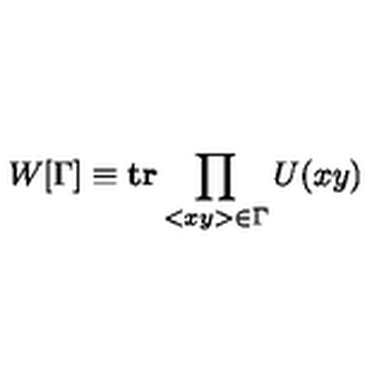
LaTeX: W [ \Gamma ] \equiv \mathrm { \bf t r } \prod _ { < x y > \in \Gamma } U ( x y )